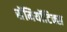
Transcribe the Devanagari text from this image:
सॅमियॉटिक्स